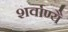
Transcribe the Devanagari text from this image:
शर्वाण्यै